Indian journal of veterinary science and animal husbandry - Volume 3,
Year: 1933
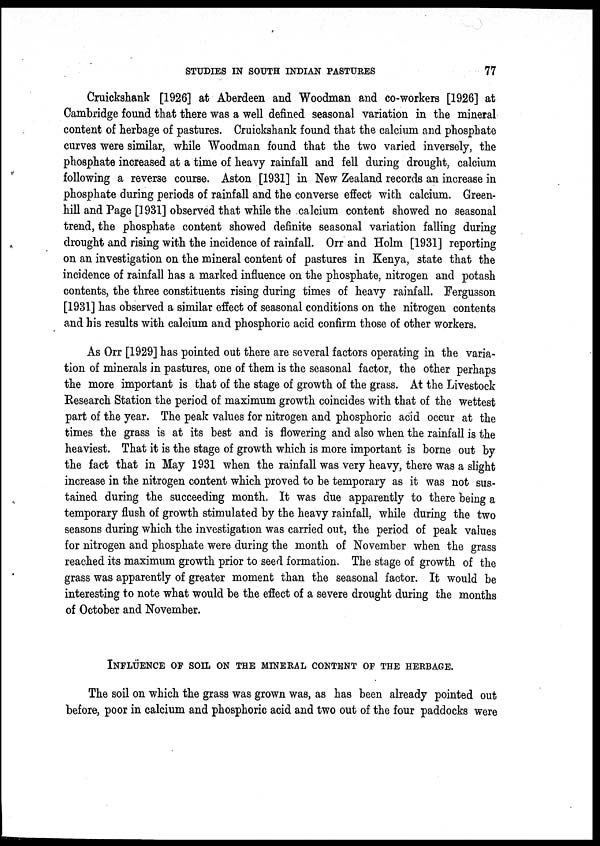
STUDIES IN SOUTH INDIAN PASTURES
77
Cruickshank [1926] at Aberdeen and Woodman and co-workers [1926] at
Cambridge found that there was a well defined seasonal variation in the mineral
content of herbage of pastures. Cruickshank found that the calcium and phosphate
curves were similar, while Woodman found that the two varied inversely, the
phosphate increased at a time of heavy rainfall and fell during drought, calcium
following a reverse course. Aston [1931] in New Zealand records an increase in
phosphate during periods of rainfall and the converse effect with calcium. Green-
hill and Page [1931] observed that while the calcium content showed no seasonal
trend, the phosphate content showed definite seasonal variation falling during
drought and rising with the incidence of rainfall. Orr and Holm [1931] reporting
on an investigation on the mineral content of pastures in Kenya, state that the
incidence of rainfall has a marked influence on the phosphate, nitrogen and potash
contents, the three constituents rising during times of heavy rainfall. Fergusson
[1931] has observed a similar effect of seasonal conditions on the nitrogen contents
and his results with calcium and phosphoric acid confirm those of other workers.
As Orr [1929] has pointed out there are several factors operating in the varia-
tion of minerals in pastures, one of them is the seasonal factor, the other perhaps
the more important is that of the stage of growth of the grass. At the Livestock
Research Station the period of maximum growth coincides with that of the wettest
part of the year. The peak values for nitrogen and phosphoric acid occur at the
times the grass is at its best and is flowering and also when the rainfall is the
heaviest. That it is the stage of growth which is more important is borne out by
the fact that in May 1931 when the rainfall was very heavy, there was a slight
increase in the nitrogen content which proved to be temporary as it was not sus-
tained during the succeeding month. It was due apparently to there being a
temporary flush of growth stimulated by the heavy rainfall, while during the two
seasons during which the investigation was carried out, the period of peak values
for nitrogen and phosphate were during the month of November when the grass
reached its maximum growth prior to seed formation. The stage of growth of the
grass was apparently of greater moment than the seasonal factor. It would be
interesting to note what would be the effect of a severe drought during the months
of October and November.
INFLUENCE OF SOIL ON THE MINERAL CONTENT OF THE HERBAGE.
The soil on which the grass was grown was, as has been already pointed out
before, poor in calcium and phosphoric acid and two out of the four paddocks were